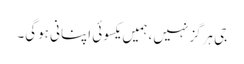
جی ہرگز نہیں، ہمیں یکسوئی اپنانی ہوگی۔